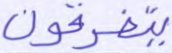
يتفرقون